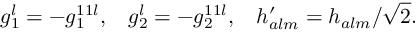
g _ { 1 } ^ { l } = - g _ { 1 } ^ { 1 1 l } , ~ ~ \: g _ { 2 } ^ { l } = - g _ { 2 } ^ { 1 1 l } , ~ ~ \: h _ { a l m } ^ { \prime } = h _ { a l m } / \sqrt { 2 } . \: